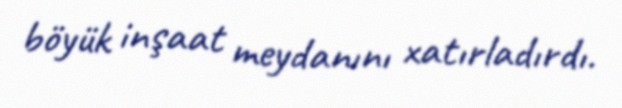
böyük inşaat meydanını xatırladırdı.